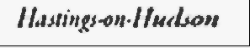
Hastings-on-Hudson